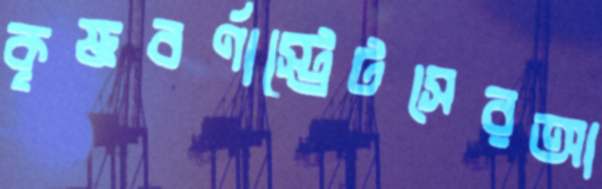
কৃষ্ণবর্ণাস্ট্রেটসেরআ